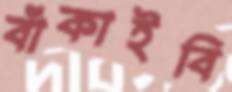
বাঁকাইবি